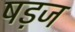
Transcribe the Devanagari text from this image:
षड़ज